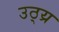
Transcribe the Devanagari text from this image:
उठ्य्र